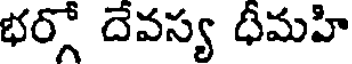
భర్గో దేవస్య ధీమహి